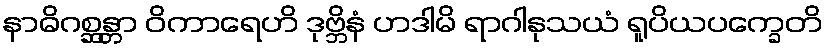
နာဓိဂစ္ဆန္တာ ဝိကာရေဟိ ဒုဗ္ဘိနံ ဟဒါမိ ရာဂါနုသယံ ရူပိယပက္ခေတိ